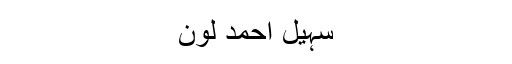
سہیل احمد لون